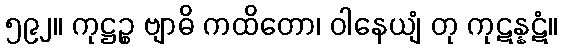
၅၉၂။ ကုဋ္ဌဉ္စ ဗျာဓိ ကထိတော၊ ဝါနေယျံ တု ကုဋန္နဋံ။